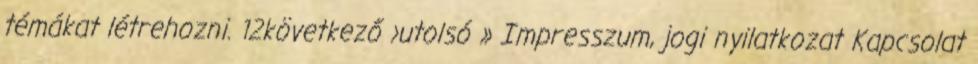
témákat létrehozni. 12következő ›utolsó » Impresszum, jogi nyilatkozat Kapcsolat